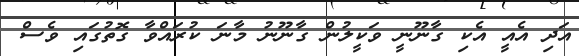
އަދި އެއީ އެކި ގާނޫނީ ވަކީލުން ގާނޫނު މާނަ ކުރައްވާ ގޮތުގައި ވެސް